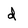
Character: d